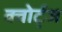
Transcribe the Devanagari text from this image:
क्वोर्ट्‌ज